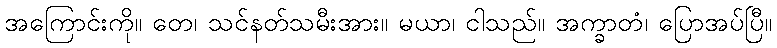
အကြောင်းကို။ တေ၊ သင်နတ်သမီးအား။ မယာ၊ ငါသည်။ အက္ခာတံ၊ ပြောအပ်ပြီ။